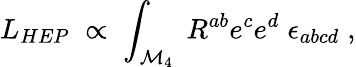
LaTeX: L_{HEP}\; \propto\; \int_{\mathcal{M}_{4}}\; R^{ab}e^{c}e^{d}\; \epsilon_{abcd}\; ,